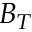
B _ { T }